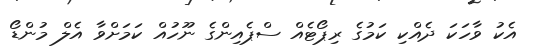
އެކު ވާހަކަ ދެއްކި ކަމުގެ ރިޕޯޓެއް ސްޕެއިންގެ ނޫހުއް ކަމަށްވާ އެލް މުންޑޯ